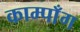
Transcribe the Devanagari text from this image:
काम्पाँग